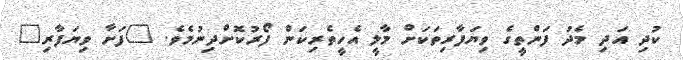
ކުދި އަދި މެދު ފަންތީގެ ވިޔަފާރިތަކަށް މާލީ އެހީތެރިކަން ފޯރުކޮށްދިނުމެވެ. "ފަށާ ވިޔަފާރި"